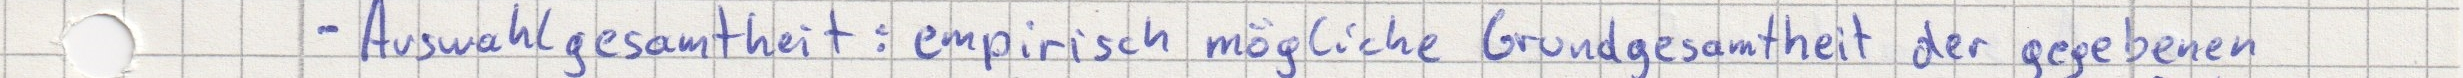
- Auswahlgesamtheit: empirisch mögliche Grundgesamtheit der gegebenen